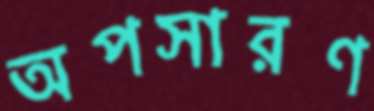
অপসারণ